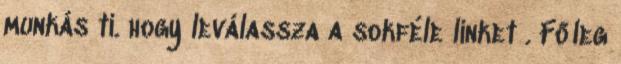
munkás ti. hogy leválassza a sokféle linket . Főleg